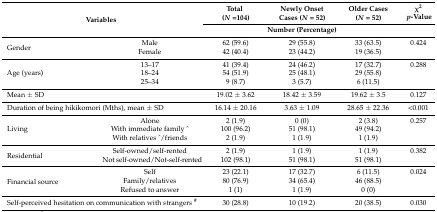
<table><thead><tr><td rowspan="3" colspan="2"><b>Variables</b></td><td rowspan="2"><b>Total (<i>N</i> = 104)</b></td><td rowspan="2"><b>Newly Onset Cases (<i>N</i> = 52)</b></td><td rowspan="2"><b>Older Cases (<i>N</i> = 52)</b></td><td><b>χ<sup>2</sup></b></td></tr><tr><td><b><i>p</i>-Value</b></td></tr><tr><td colspan="3"><b>Number (Percentage)</b></td><td></td></tr></thead><tbody><tr><td rowspan="2">Gender</td><td>Male</td><td>62 (59.6)</td><td>29 (55.8)</td><td>33 (63.5)</td><td>0.424</td></tr><tr><td>Female</td><td>42 (40.4)</td><td>23 (44.2)</td><td>19 (36.5)</td><td></td></tr><tr><td rowspan="3">Age (years)</td><td>13–17</td><td>41 (39.4)</td><td>24 (46.2)</td><td>17 (32.7)</td><td>0.288</td></tr><tr><td>18–24</td><td>54 (51.9)</td><td>25 (48.1)</td><td>29 (55.8)</td><td></td></tr><tr><td>25–34</td><td>9 (8.7)</td><td>3 (5.7)</td><td>6 (11.5)</td><td></td></tr><tr><td colspan="2">Mean ± SD</td><td>19.02 ± 3.62</td><td>18.42 ± 3.59</td><td>19.62 ± 3.5</td><td>0.127</td></tr><tr><td colspan="2">Duration of being hikikomori (Mths), mean ± SD</td><td>16.14 ± 20.16</td><td>3.63 ± 1.09</td><td>28.65 ± 22.36</td><td>&lt;0.001</td></tr><tr><td rowspan="3">Living</td><td>Alone</td><td>2 (1.9)</td><td>0 (0)</td><td>2 (3.8)</td><td>0.257</td></tr><tr><td>With immediate family ^</td><td>100 (96.2)</td><td>51 (98.1)</td><td>49 (94.2)</td><td></td></tr><tr><td>With relatives ^/friends</td><td>2 (1.9)</td><td>1 (1.9)</td><td>1 (1.9)</td><td></td></tr><tr><td rowspan="2">Residential</td><td>Self-owned/self-rented</td><td>2 (1.9)</td><td>1 (1.9)</td><td>1 (1.9)</td><td>0.382</td></tr><tr><td>Not self-owned/Not-self-rented</td><td>102 (98.1)</td><td>51 (98.1)</td><td>51 (98.1)</td><td></td></tr><tr><td rowspan="3">Financial source</td><td>Self</td><td>23 (22.1)</td><td>17 (32.7)</td><td>6 (11.5)</td><td>0.024</td></tr><tr><td>Family/relatives</td><td>80 (76.9)</td><td>34 (65.4)</td><td>46 (88.5)</td><td></td></tr><tr><td>Refused to answer</td><td>1 (1)</td><td>1 (1.9)</td><td>0 (0)</td><td></td></tr><tr><td colspan="2">Self-perceived hesitation on communication with strangers <sup>#</sup></td><td>30 (28.8)</td><td>10 (19.2)</td><td>20 (38.5)</td><td>0.030</td></tr></tbody></table>